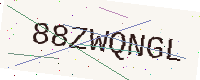
Text: 88ZWQNGL